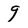
Character: 9